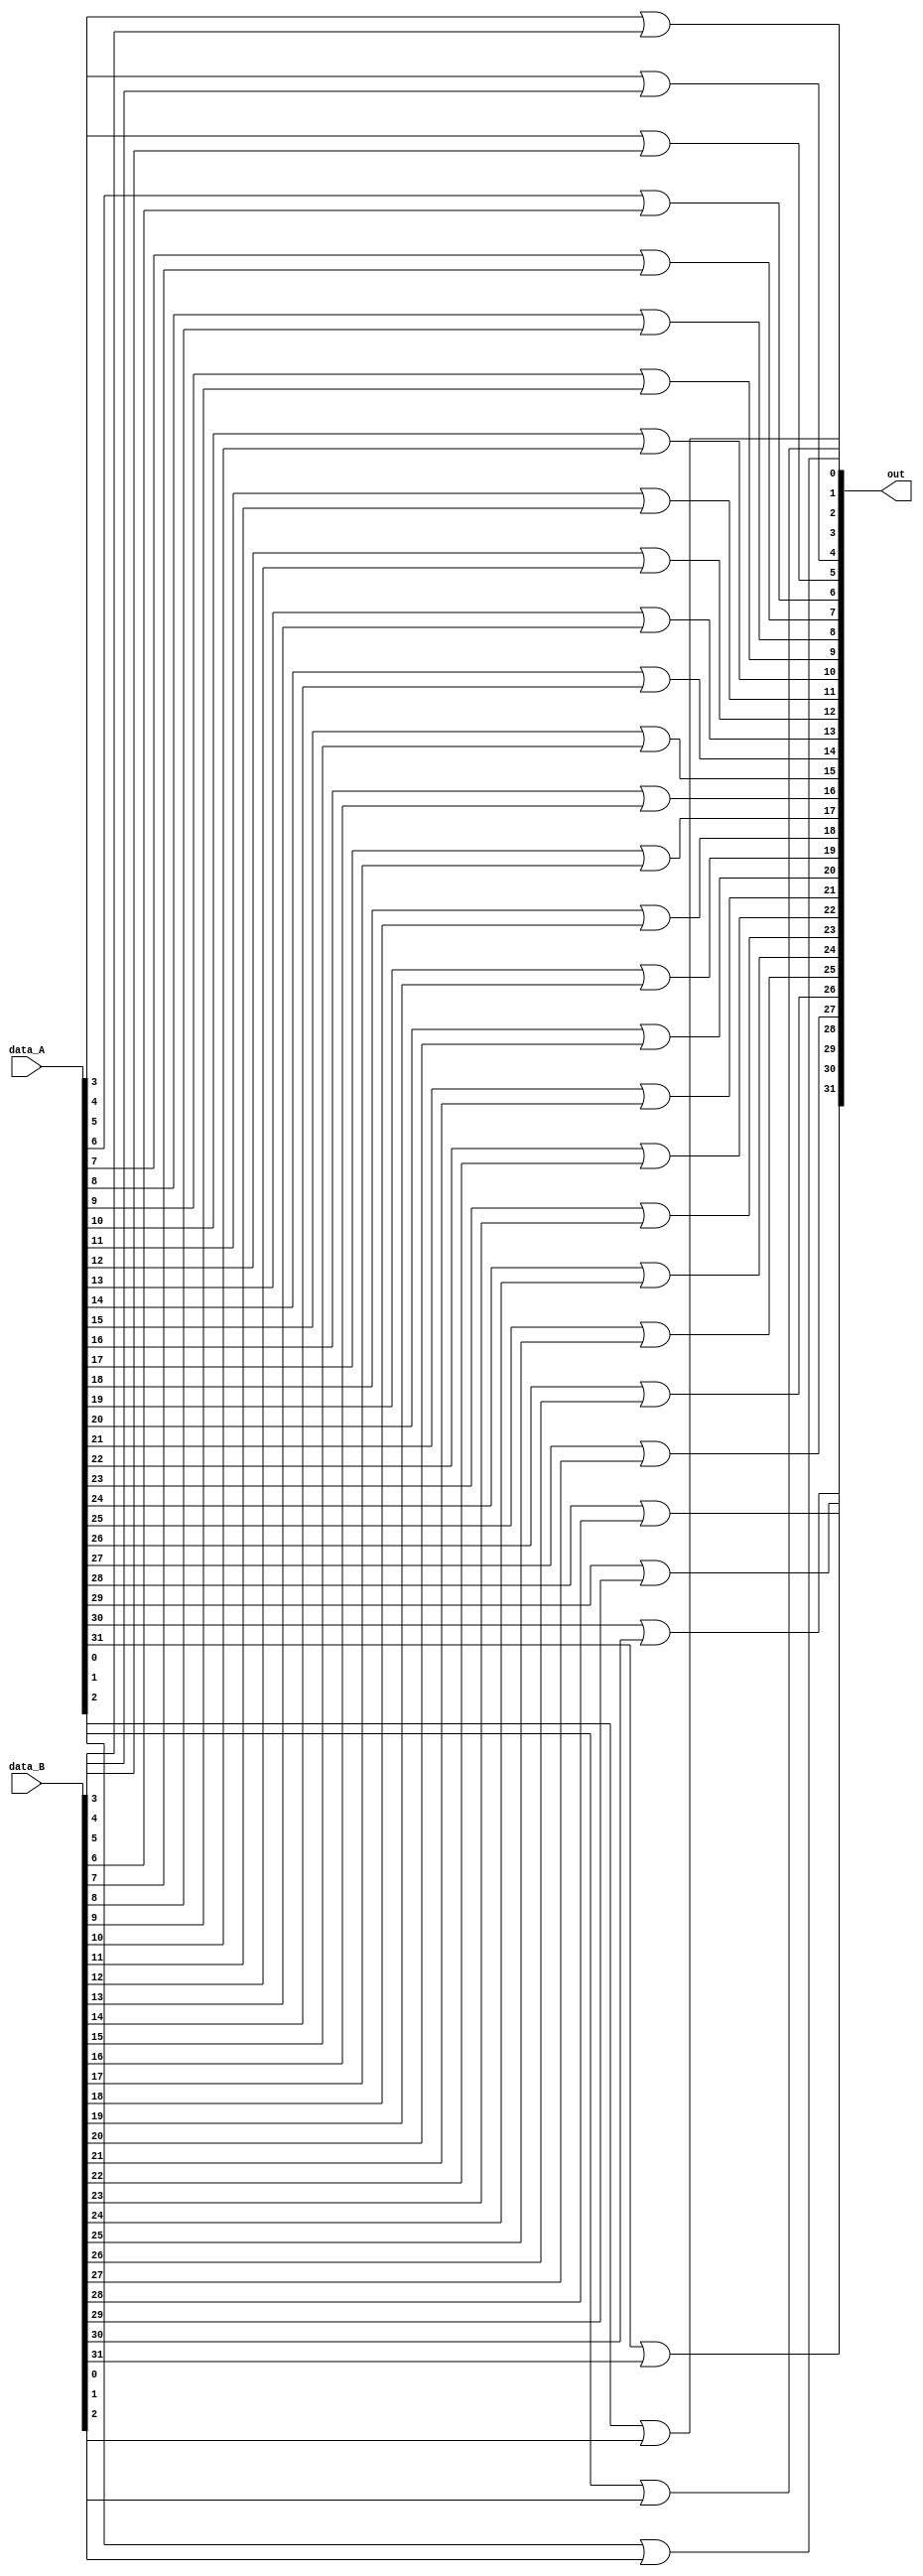
module bitwise_or(data_A, data_B, out);
    input [31:0] data_A, data_B;
    output [31:0] out;
    //performs bitwise or on A || B, returns output
    //OR each individual bit, and then assign to the output bit?

    or or1(out[0], data_A[0], data_B[0]);
    or or2(out[1], data_A[1], data_B[1]);
    or or3(out[2], data_A[2], data_B[2]);
    or or4(out[3], data_A[3], data_B[3]);
    or or5(out[4], data_A[4], data_B[4]);
    or or6(out[5], data_A[5], data_B[5]);
    or or7(out[6], data_A[6], data_B[6]);
    or or8(out[7], data_A[7], data_B[7]);
    or or9(out[8], data_A[8], data_B[8]);
    or or10(out[9], data_A[9], data_B[9]);
    or or11(out[10], data_A[10], data_B[10]);
    or or12(out[11], data_A[11], data_B[11]);
    or or13(out[12], data_A[12], data_B[12]);
    or or14(out[13], data_A[13], data_B[13]);
    or or15(out[14], data_A[14], data_B[14]);
    or or16(out[15], data_A[15], data_B[15]);
    or or17(out[16], data_A[16], data_B[16]);
    or or18(out[17], data_A[17], data_B[17]);
    or or19(out[18], data_A[18], data_B[18]);
    or or20(out[19], data_A[19], data_B[19]);
    or or21(out[20], data_A[20], data_B[20]);
    or or22(out[21], data_A[21], data_B[21]);
    or or23(out[22], data_A[22], data_B[22]);
    or or24(out[23], data_A[23], data_B[23]);
    or or25(out[24], data_A[24], data_B[24]);
    or or26(out[25], data_A[25], data_B[25]);
    or or27(out[26], data_A[26], data_B[26]);
    or or28(out[27], data_A[27], data_B[27]);
    or or29(out[28], data_A[28], data_B[28]);
    or or30(out[29], data_A[29], data_B[29]);
    or or31(out[30], data_A[30], data_B[30]);
    or or32(out[31], data_A[31], data_B[31]);
endmodule